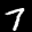
Label: 7